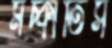
মচ্‌কাতিস